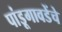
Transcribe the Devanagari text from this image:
पांडूगावडेंचे